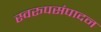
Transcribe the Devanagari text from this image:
स्वरूपसंपादन